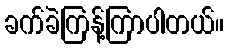
ခက်ခဲကြန့်ကြာပါတယ်။